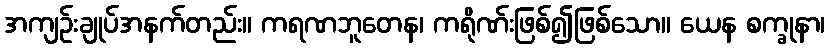
အကျဉ်းချုပ်အနက်တည်း။ ကရဏဘူတေန၊ ကရိုဏ်းဖြစ်၍ဖြစ်သော။ ယေန စက္ခုနာ၊